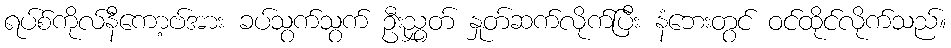
ရပ်စ်ကိုလ်နီကော့ဗ်အား ခပ်သွက်သွက် ဦးညွှတ် နှုတ်ဆက်လိုက်ပြီး နံဘေးတွင် ဝင်ထိုင်လိုက်သည်။